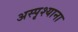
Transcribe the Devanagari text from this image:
अस्पृश्याना